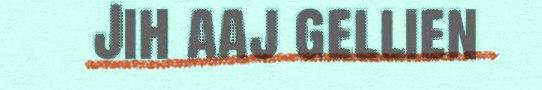
Jih aaj gellien